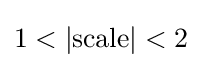
1<|{\text{scale}}|<2